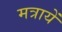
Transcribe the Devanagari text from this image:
मत्रायें